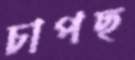
চাপছ